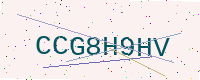
Text: CCG8H9HV